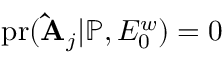
\mathrm { p r } ( \mathbf { \hat { A } } _ { j } | \mathbb { P } , E _ { 0 } ^ { w } ) = 0